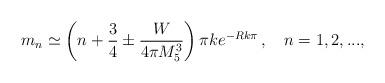
LaTeX: \begin{align*}m_n \simeq \left(n + \frac{3}{4} \pm \frac{W}{4\pi M_{5}^{3}}\right) \pi k e^{-Rk\pi }\, , \ \ \ n=1,2,...,\end{align*}